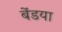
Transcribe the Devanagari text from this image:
बेंडया